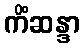
ကိံဆန္ဒာ